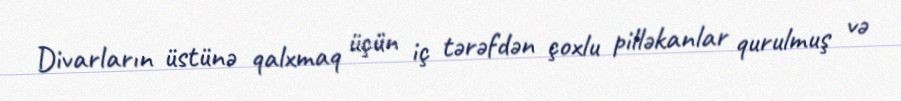
Divarların üstünə qalxmaq üçün iç tərəfdən çoxlu pilləkanlar qurulmuş və